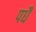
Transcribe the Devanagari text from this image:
पधै